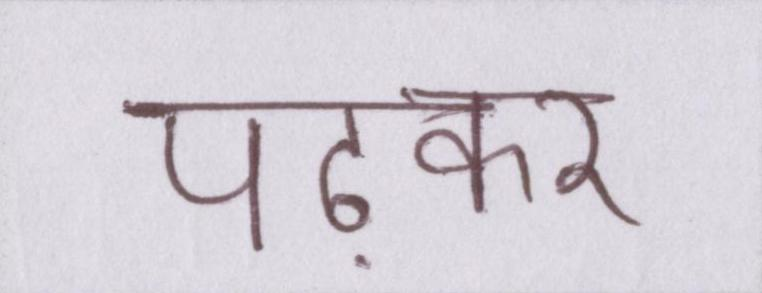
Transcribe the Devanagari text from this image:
पढ़कर